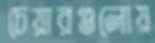
চেয়ারগুলোয়